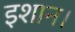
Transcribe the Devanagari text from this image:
इशान।